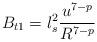
LaTeX: \begin{align*}B_{t1} = l_s^2 \frac{u^{7-p}}{R^{7-p}}\end{align*}